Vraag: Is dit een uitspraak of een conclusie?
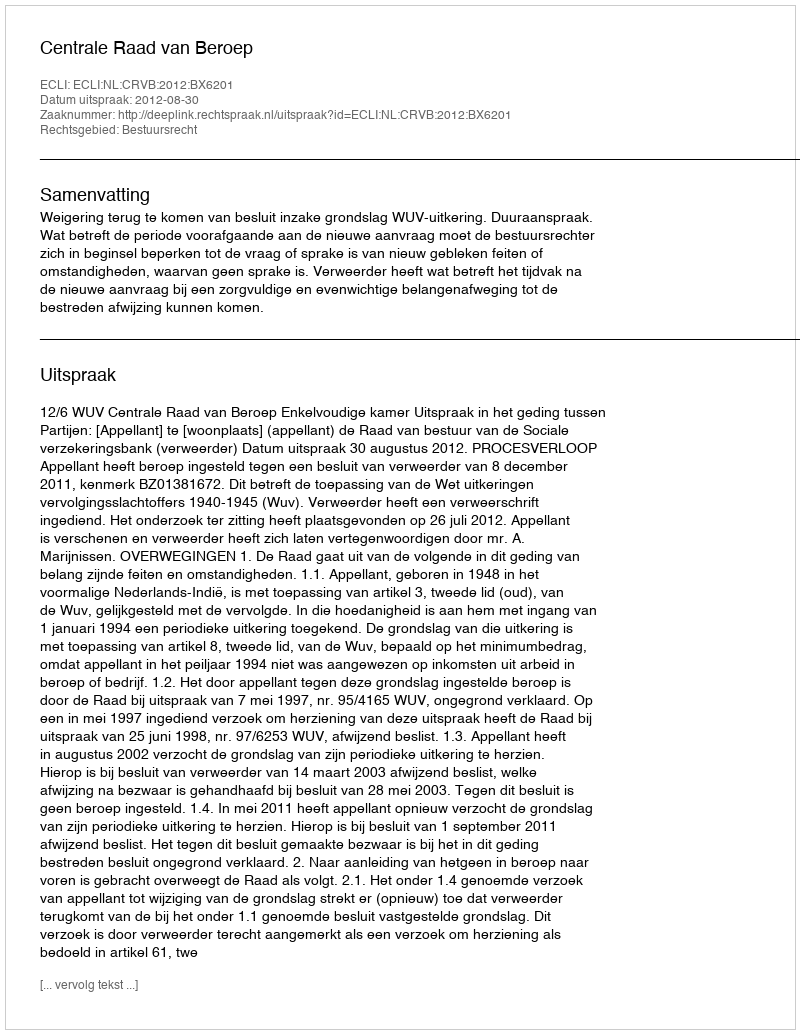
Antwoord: Uitspraak